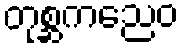
တုစ္ဆကညေဝ